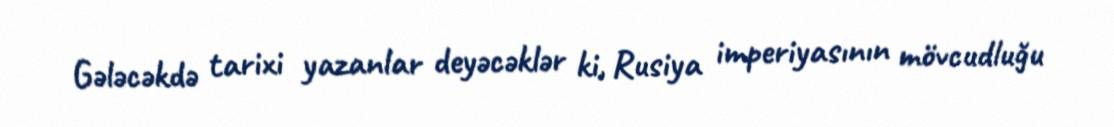
Gələcəkdə tarixi yazanlar deyəcəklər ki, Rusiya imperiyasının mövcudluğu